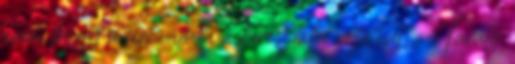
arra, hogy miért vállalta a keresztalja vezetését. – Tavaly